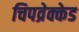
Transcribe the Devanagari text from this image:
चिपव्रेक्केड